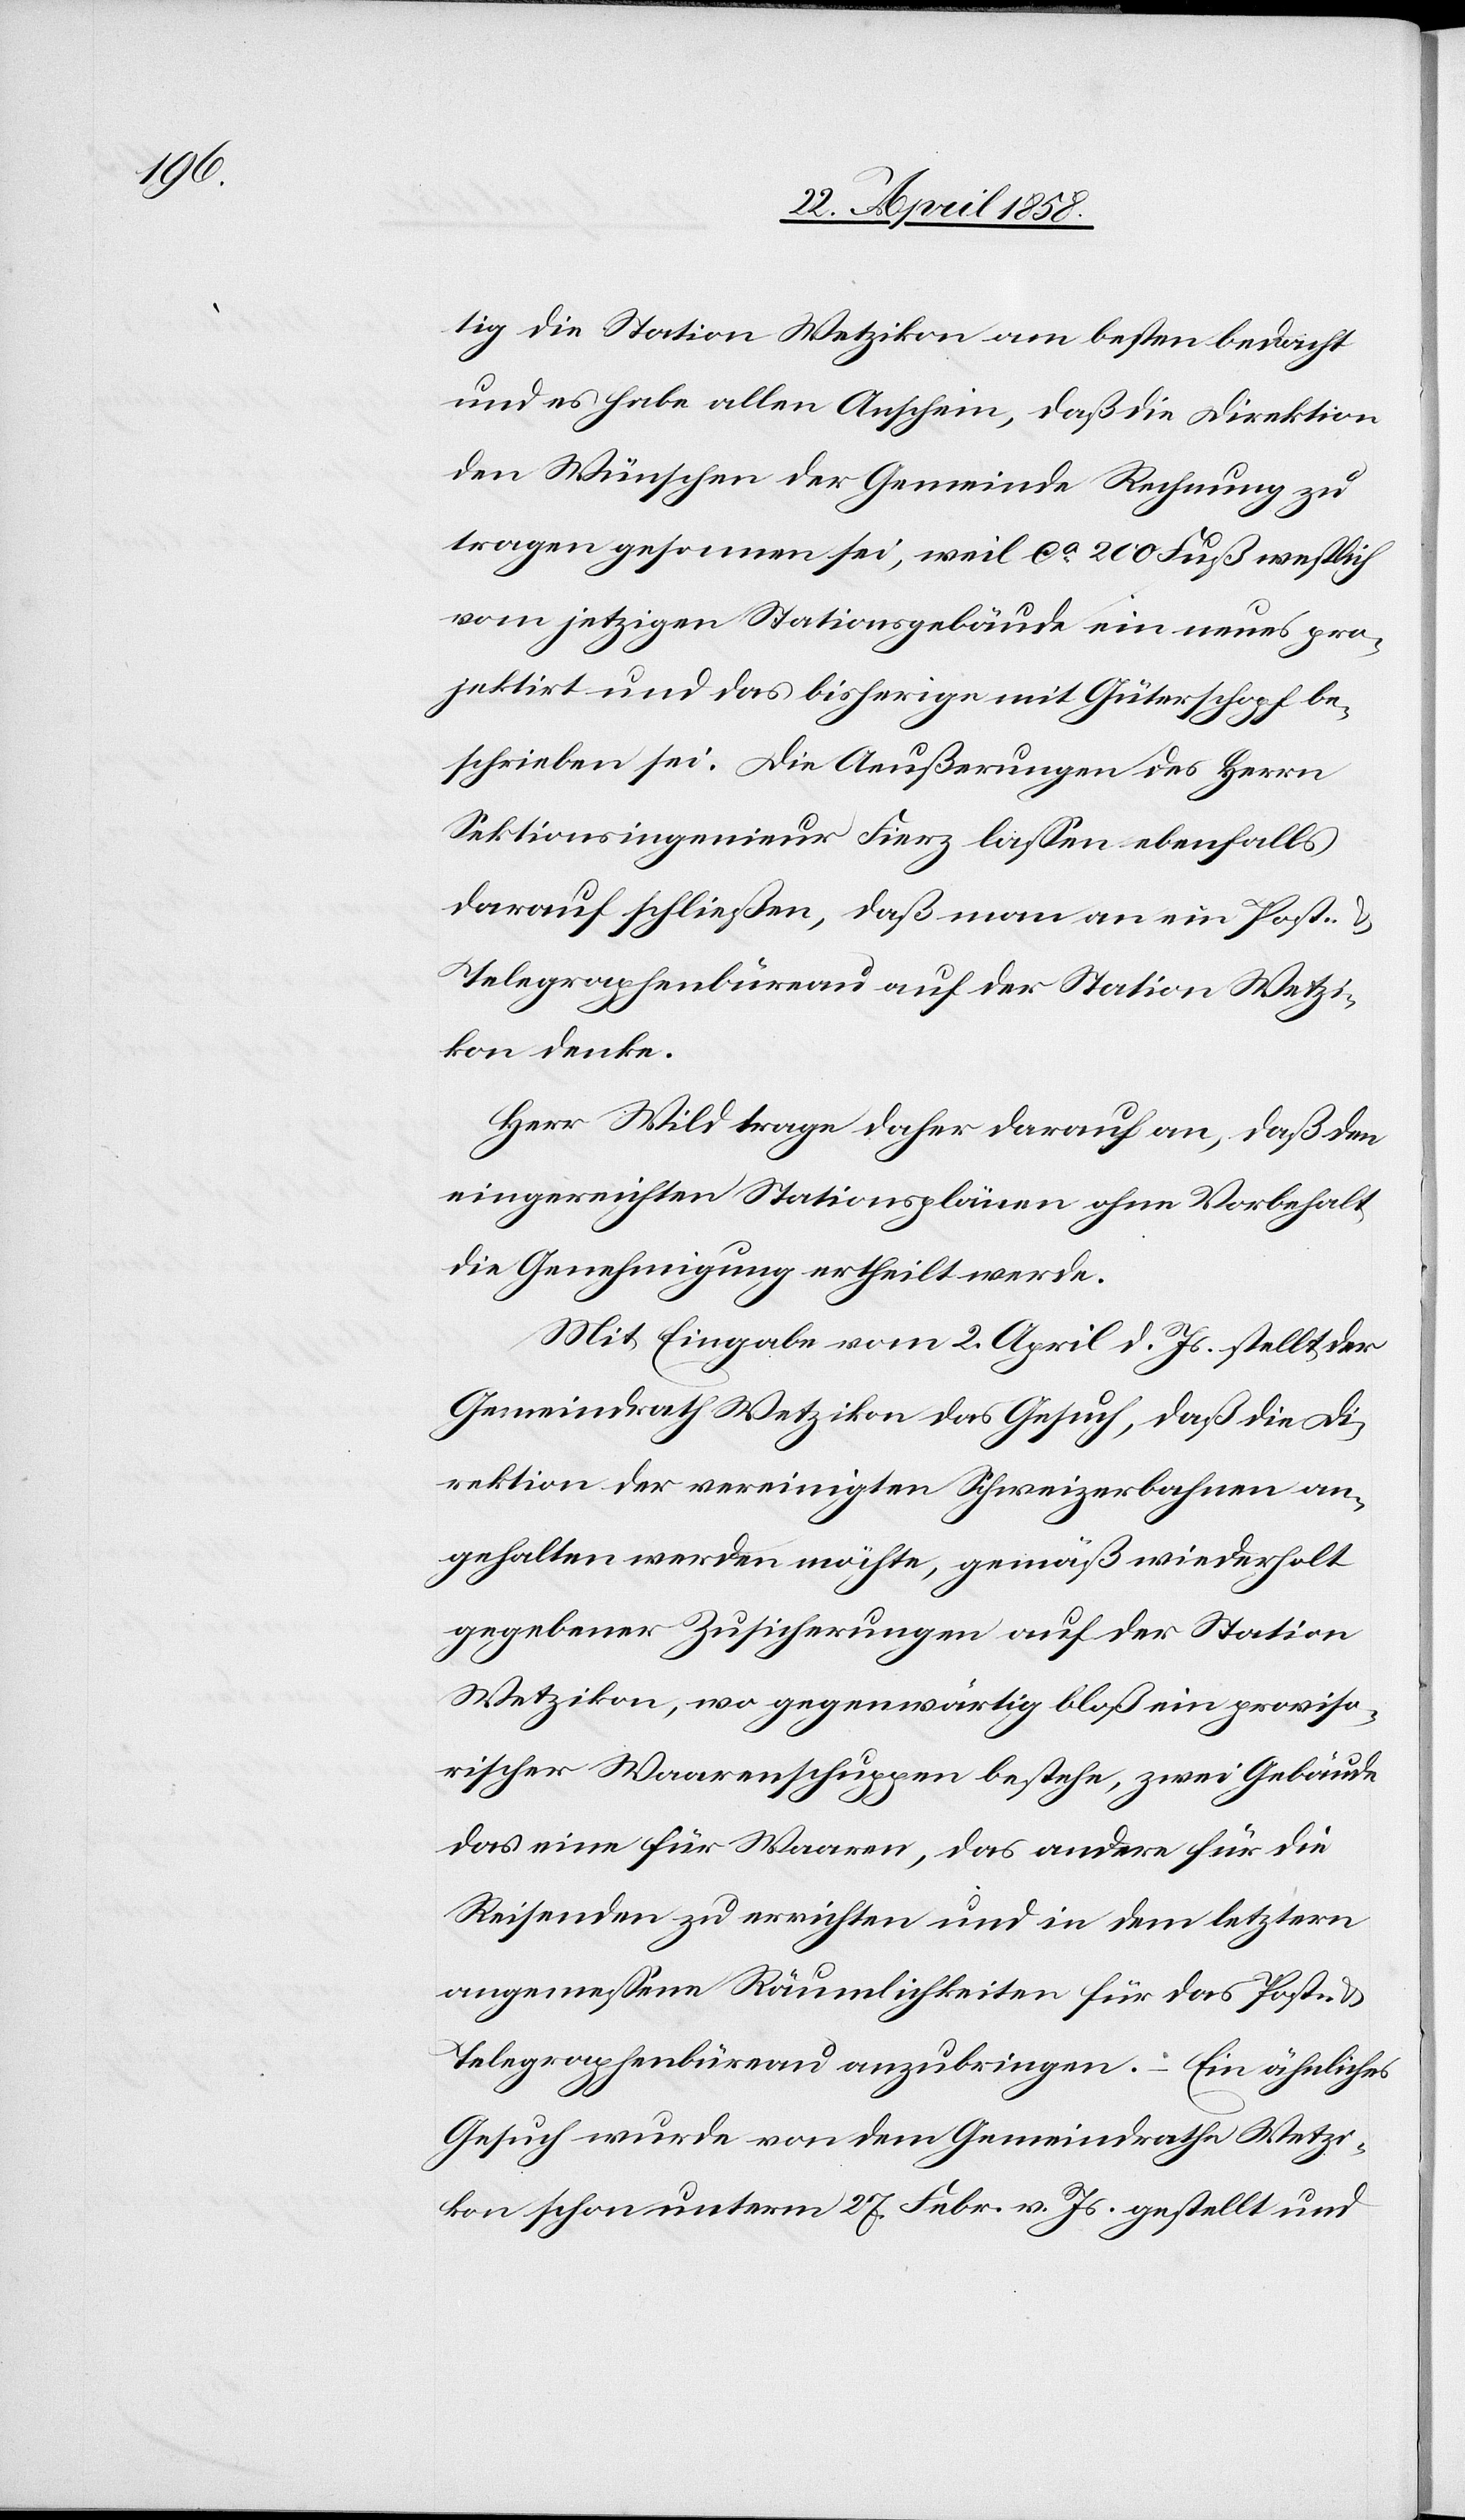
tig die Station Wetzikon am besten bedacht
und es habe allen Anschein, daß die Direktion
den Wünschen der Gemeinde Rechnung zu
tragen gesonnen sei, weil ca 200 Fuß westlich
vom jetzigen Stationsgebäude ein neues pro¬
jektirt und das bisherige mit Güterschopf be¬
schrieben sei. Die Aeußerungen des Herrn
Sektionsingenieur Fierz lassen ebenfalls
darauf schließen, daß man an ein Post- &
Telegraphenbüreau auf der Station Wetzi¬
kon denke.
Herr Wild trage daher darauf an, daß den
eingereichten Stationsplänen ohne Vorbehalt
die Genehmigung ertheilt werde.
Mit Eingabe vom 2. April d. Js. stellt der
Gemeindrath Wetzikon das Gesuch, daß die Di¬
rektion der vereinigten Schweizerbahnen an¬
gehalten werden möchte, gemäß wiederholt
gegebener Zusicherungen auf der Station
Wetzikon, wo gegenwärtig bloß ein proviso¬
rischer Waarenschuppen bestehe, zwei Gebäude
das eine für Waaren, das andere für die
Reisenden zu errichten und in dem letztern
angemessene Räumlichkeiten für das Post- &
Telegraphenbüreau anzubringen. – Ein ähnliches